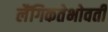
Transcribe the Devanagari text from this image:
लैंगिकतेभोवती